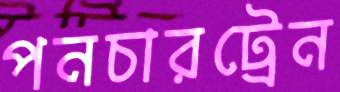
পনচারট্রেন